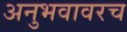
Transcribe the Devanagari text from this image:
अनुभवावरच